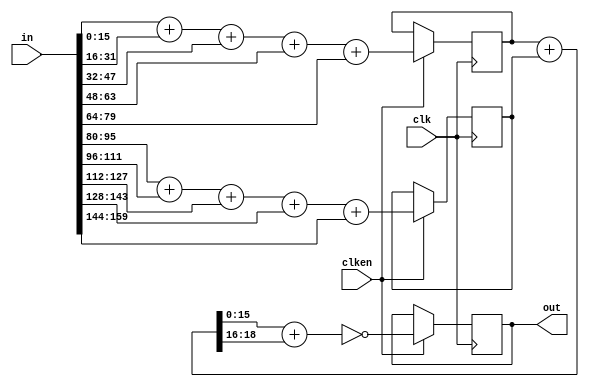
//
// Copyright 2020 Ettus Research, a National Instruments Brand
//
// SPDX-License-Identifier: LGPL-3.0-or-later
//
// Description: 
//   Compute IP header checksum.  0-2 cycles of latency.
//
// Parameter:
//   LATENCY : sets how many pipeline stages are inserted
//     0 - No pipelining
//     1 - output Flop
//     2 - output + gen_sum Flop
//

module ip_hdr_checksum #(
  parameter LATENCY = 2
) (
  input clk, input [159:0] in, output reg [15:0] out, input clken
);

  wire [18:0] padded [0:9];
   
  genvar i;
  generate
    for(i=0 ; i<10 ; i=i+1)
	assign padded[i] = {3'b000,in[i*16+15:i*16]};
    endgenerate

  wire [18:0] sum_a_d, sum_b_d;
  reg  [18:0] sum_a_q, sum_b_q;

  assign sum_a_d = padded[0] + padded[1] + padded[2] + padded[3] + padded[4];
  assign sum_b_d = padded[5] + padded[6] + padded[7] + padded[8] + padded[9];

  if (LATENCY >= 1) begin : gen_sum_ff
    always @(posedge clk) if (clken) sum_a_q <= sum_a_d;
    always @(posedge clk) if (clken) sum_b_q <= sum_b_d;
  end else begin : gen_sum_comb
    always @(sum_a_d) sum_a_q = sum_a_d;
    always @(sum_b_d) sum_b_q = sum_b_d;
  end

  wire [18:0] sum;
  wire [15:0] out_d;

  assign sum = sum_a_q + sum_b_q;
  assign out_d = ~(sum[15:0] + {13'd0,sum[18:16]});

  if (LATENCY >= 2) begin : gen_out_ff
    always @(posedge clk)  if (clken) out <= out_d;
  end else begin : gen_out_comb
    always @(out_d) out = out_d;
  end

endmodule // ip_hdr_checksum